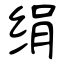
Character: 绢